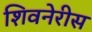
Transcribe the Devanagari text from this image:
शिवनेरीस